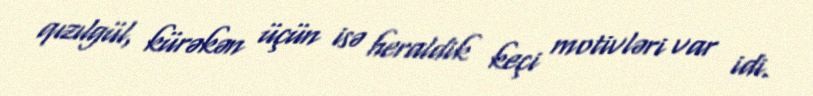
qızılgül, kürəkən üçün isə heraldik keçi motivləri var idi.